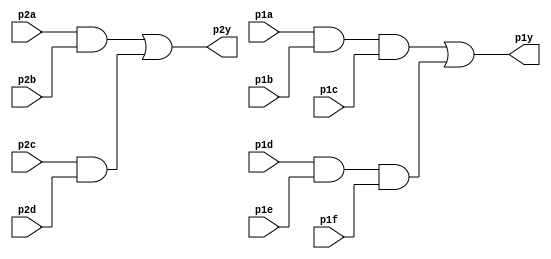
module top_module ( 
    input p1a, p1b, p1c, p1d, p1e, p1f,
    output p1y,
    input p2a, p2b, p2c, p2d,
    output p2y );

    wire out_p2_ab, out_p2_cd, out_p1_abc,out_p1_def;

    assign out_p2_ab = p2a & p2b;
    assign out_p2_cd = p2c & p2d;
    assign p2y = out_p2_ab | out_p2_cd;  

    assign out_p1_abc = p1a & p1b & p1c;
    assign out_p1_def = p1d & p1e & p1f;
    assign p1y = out_p1_abc | out_p1_def;
endmodule